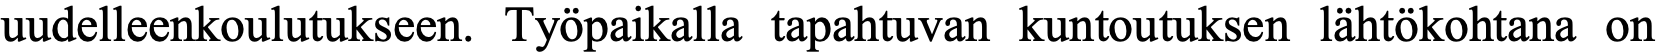
uudelleenkoulutukseen. Työpaikalla tapahtuvan kuntoutuksen lähtökohtana on